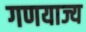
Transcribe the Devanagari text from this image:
गणयाज्य